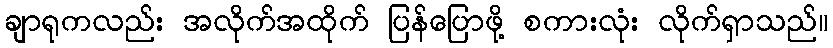
ချာရုကလည်း အလိုက်အထိုက် ပြန်ပြောဖို့ စကားလုံး လိုက်ရှာသည်။